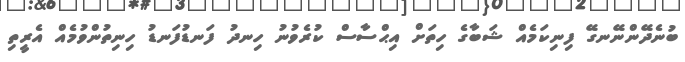
ބުނެދޭންނޭނގޭ ފިނިކަމެއް ޝަބާގެ ހިތަށް އިޙްސާސް ކުރެވުނު ހިނދު ފަނޑުފަނޑު ހިނިތުންވުމެއް އެރީތި